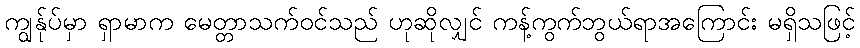
ကျွန်ုပ်မှာ ရှာမာက မေတ္တာသက်ဝင်သည် ဟုဆိုလျှင် ကန့်ကွက်ဘွယ်ရာအကြောင်း မရှိသဖြင့်